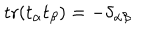
\mathop { \mathrm { t r } } ( t _ { \alpha } t _ { \beta } ) = - \delta _ { \alpha \beta }